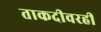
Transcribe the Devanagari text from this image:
ताकदीवरही